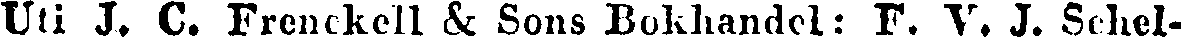
Uti J. C. Frenckell & Sons Bokhandel: F. V. J. Schel-